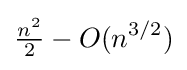
{\tfrac {n^{2}}{2}}-O(n^{3/2})